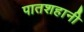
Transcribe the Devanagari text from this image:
पातशहानी